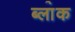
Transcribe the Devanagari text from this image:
ब्ला॓क